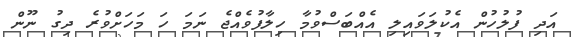
އަދި ފުލުހުން އެކުލަވައިލި އެއްބަސްވުމާ ހިލާފުވެއްޖެ ނަމަ ހަ މަހަށްވުރެ ދިގު ނޫން